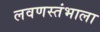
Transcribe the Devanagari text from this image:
लवणस्तंभाला